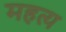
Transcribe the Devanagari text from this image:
महत्य